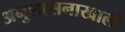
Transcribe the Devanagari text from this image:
अनुशासनाखाली